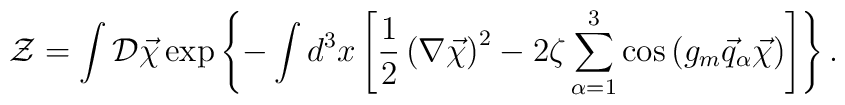
{\cal Z}=\int {\cal D}\vec\chi\exp\left\{-\int d^3x\left[\frac12\left(\nabla\vec\chi\right)^2-2\zeta\sum\limits_{\alpha=1}^{3}\cos\left(g_m\vec q_\alpha\vec\chi\right)\right]\right\}.